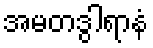
အမတဒွါရာနံ